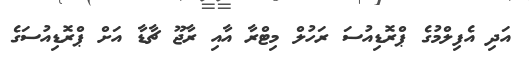
އަދި އެފިލްމުގެ ޕްރޮޑިއުސަ ރަހުލް މިޓްރާ އާއި ރާޖޫ ޗާޑާ އަށް ޕްރޮޑިއުސަގެ